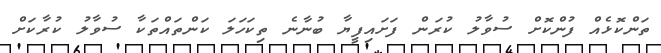
ތަންކޮޅެއް ފުންކޮށް ސުވާލު ކުރަން ފަށައިފީޔާ ބުނާނެ ތިކަހަލަ ކަންތައްތަކާ ސުވާލު ކުރާކަށް